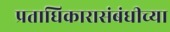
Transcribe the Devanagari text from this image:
प्रताधिकारासंबंधीच्या